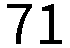
71